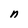
Character: n